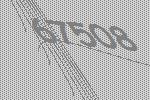
67508